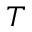
T